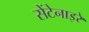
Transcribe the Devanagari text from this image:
सेंटेनाइरे